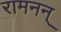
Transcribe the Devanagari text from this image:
रामनन्‌